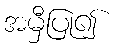
အမှီပြု၍